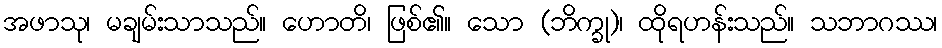
အဖာသု၊ မချမ်းသာသည်။ ဟောတိ၊ ဖြစ်၏။ သော (ဘိက္ခု)၊ ထိုရဟန်းသည်။ သဘာဂဿ၊